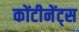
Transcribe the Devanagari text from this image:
कोंटीनेंट्स